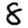
Digit: 8